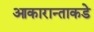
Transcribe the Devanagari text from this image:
आकारान्ताकडे